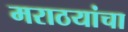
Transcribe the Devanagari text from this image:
मराठयांचा